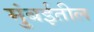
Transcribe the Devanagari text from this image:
मुंबर्इतील